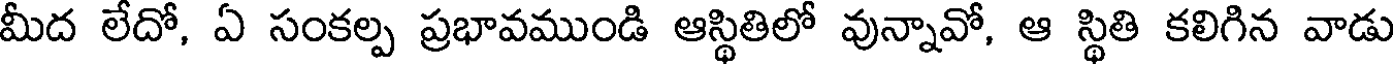
మీద లేదో, ఏ సంకల్ప ప్రభావముండి ఆస్థితిలో వున్నావో, ఆ స్థితి కలిగిన వాడు